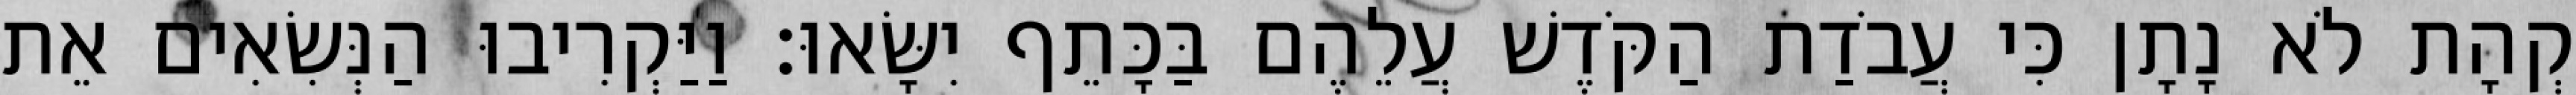
קְהָת לֹא נָתָן כִּי עֲבֹדַת הַקֹּדֶשׁ עֲלֵהֶם בַּכָּתֵף יִשָּׂאוּ׃ וַיַּקְרִיבוּ הַנְּשִׂאִים אֵת